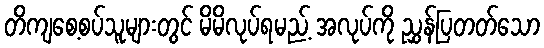
တိကျစေ့စပ်သူများတွင် မိမိလုပ်ရမည့် အလုပ်ကို ညွှန်ပြတတ်သော